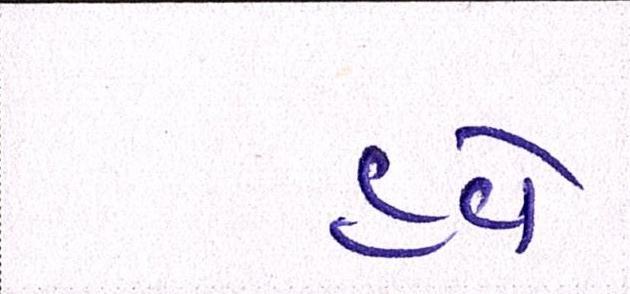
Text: હવે